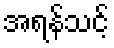
အရန်သင့်